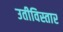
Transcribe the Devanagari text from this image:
उतीविस्तार